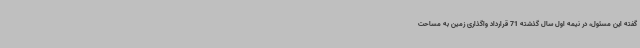
گفته این مسئول، در نیمه اول سال گذشته 71 قرارداد واگذاری زمین به مساحت